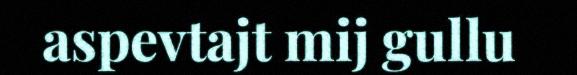
aspevtajt mij gullu